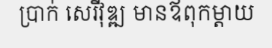
ប្រាក់ សេរីវុឌ្ឍ មានឪពុកម្តាយ